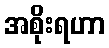
အစိုးရဟာ